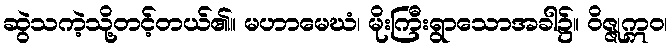
ဆွဲသကဲ့သို့တင့်တယ်၏။ မဟာမေဃံ၊ မိုးကြီးရွာသောအခါ၌။ ဝိဇ္ဇုဣဝ၊